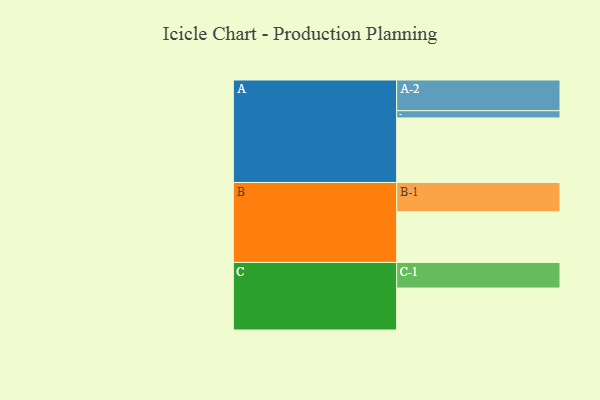
{"axis": {"x": "Segment", "y": "Value"}, "legend": ["", "A", "B", "C"], "data": [{"x": "A", "y": 580, "type": ""}, {"x": "B", "y": 455, "type": ""}, {"x": "C", "y": 377, "type": ""}, {"x": "A-1", "y": 65, "type": "A"}, {"x": "A-2", "y": 276, "type": "A"}, {"x": "B-1", "y": 264, "type": "B"}, {"x": "C-1", "y": 230, "type": "C"}]}